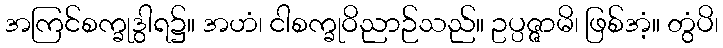
အကြင်စက္ခုဒွါရ၌။ အဟံ၊ ငါစက္ခုဝိညာဉ်သည်။ ဥပ္ပဇ္ဇာမိ၊ ဖြစ်အံ့။ တွံပိ၊